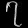
Digit: ၇